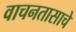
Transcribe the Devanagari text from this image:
वाचनतासाचे